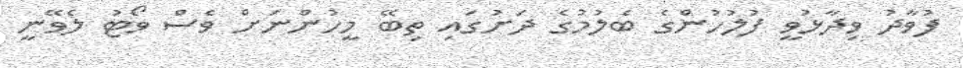
ފުވާދު ވިދާޅުވީ ފުލުހުންގެ ބެލުމުގެ ދަށުގައި ތިބޭ މީހުންނަށް ވެސް ވޯޓު ލެވޭނީ